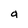
Character: a